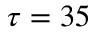
\tau = 3 5